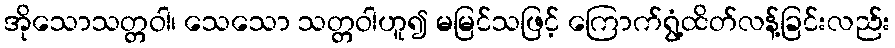
အိုသောသတ္တဝါ၊ သေသော သတ္တဝါဟူ၍ မမြင်သဖြင့် ကြောက်ရွံ့ထိတ်လန့်ခြင်းလည်း